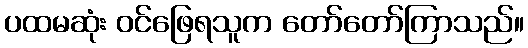
ပထမဆုံး ဝင်ဖြေရသူက တော်တော်ကြာသည်။